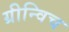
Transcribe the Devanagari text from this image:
ग्रीन्विच